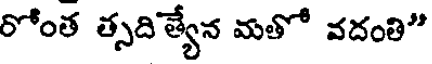
రోంత త్సదిత్యేన మతో వదంతి"